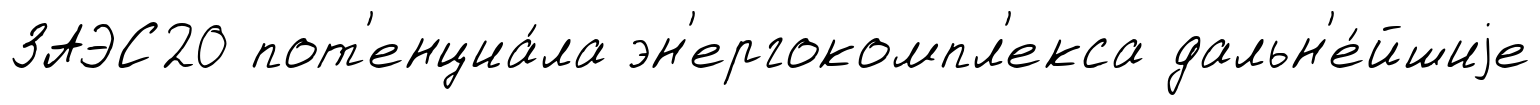
ЗАЭС20 пот'енциа́ла эн'ергокомпл'екса дальн'е́йшиjе